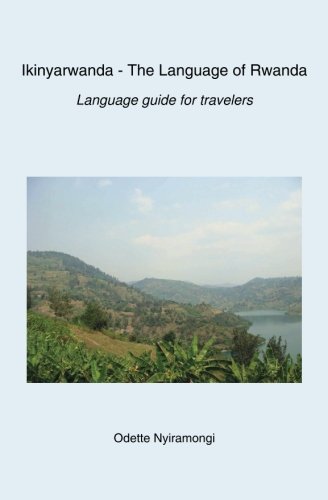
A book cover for Ikinyarwanda - The Language of Rwanda: Language guide for travelers; Odette Nyiramongi; Travel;